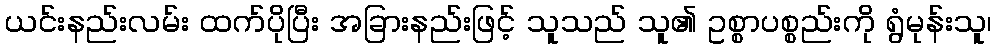
ယင်းနည်းလမ်း ထက်ပိုပြီး အခြားနည်းဖြင့် သူသည် သူ၏ ဥစ္စာပစ္စည်းကို ရွံမုန်းသူ၊